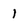
Character: 1